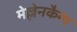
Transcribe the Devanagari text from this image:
मेल्लेनकैम्प